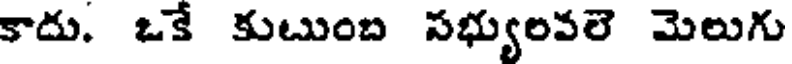
కాదు. ఒకే కుటుంబ సభ్యులవలె మెలుగు